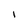
Character: I